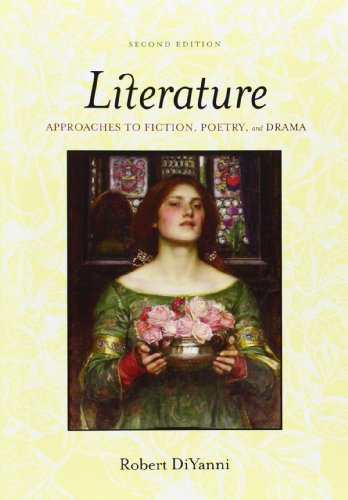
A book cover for Literature: Approaches to Fiction, Poetry, and Drama; Robert DiYanni; Literature & Fiction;